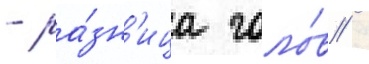
- ра́зн'ица голо́в /